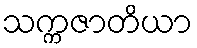
သက္ကဇာတိယာ